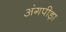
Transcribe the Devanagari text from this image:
अंगपीड़ा